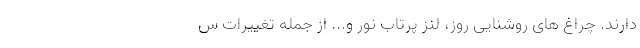
دارند. چراغ های روشنایی روز، لنز پرتاب نور و... از جمله تغییرات س